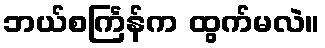
ဘယ်စင်္ကြန်က ထွက်မလဲ။